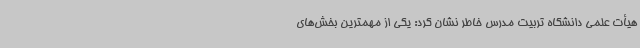
هیأت علمی دانشگاه تربیت مدرس خاطر نشان کرد: یکی از مهمترین بخش‌های